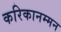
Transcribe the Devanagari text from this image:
करिकानम्मन